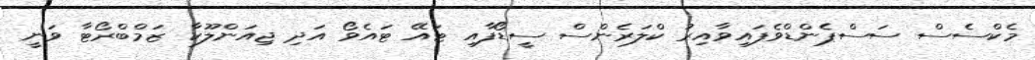
މެކްސެސް ސަސްޕެންޑްވެފައިވާއިރު ކްލަރެންސް ސީޑޯފާއި ޓައޭ ޓައެވޯ އަދި ޖިއަންލޫކާ ޒަމްބްރޯޓާ ވަނީ